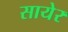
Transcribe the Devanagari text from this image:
सायेर